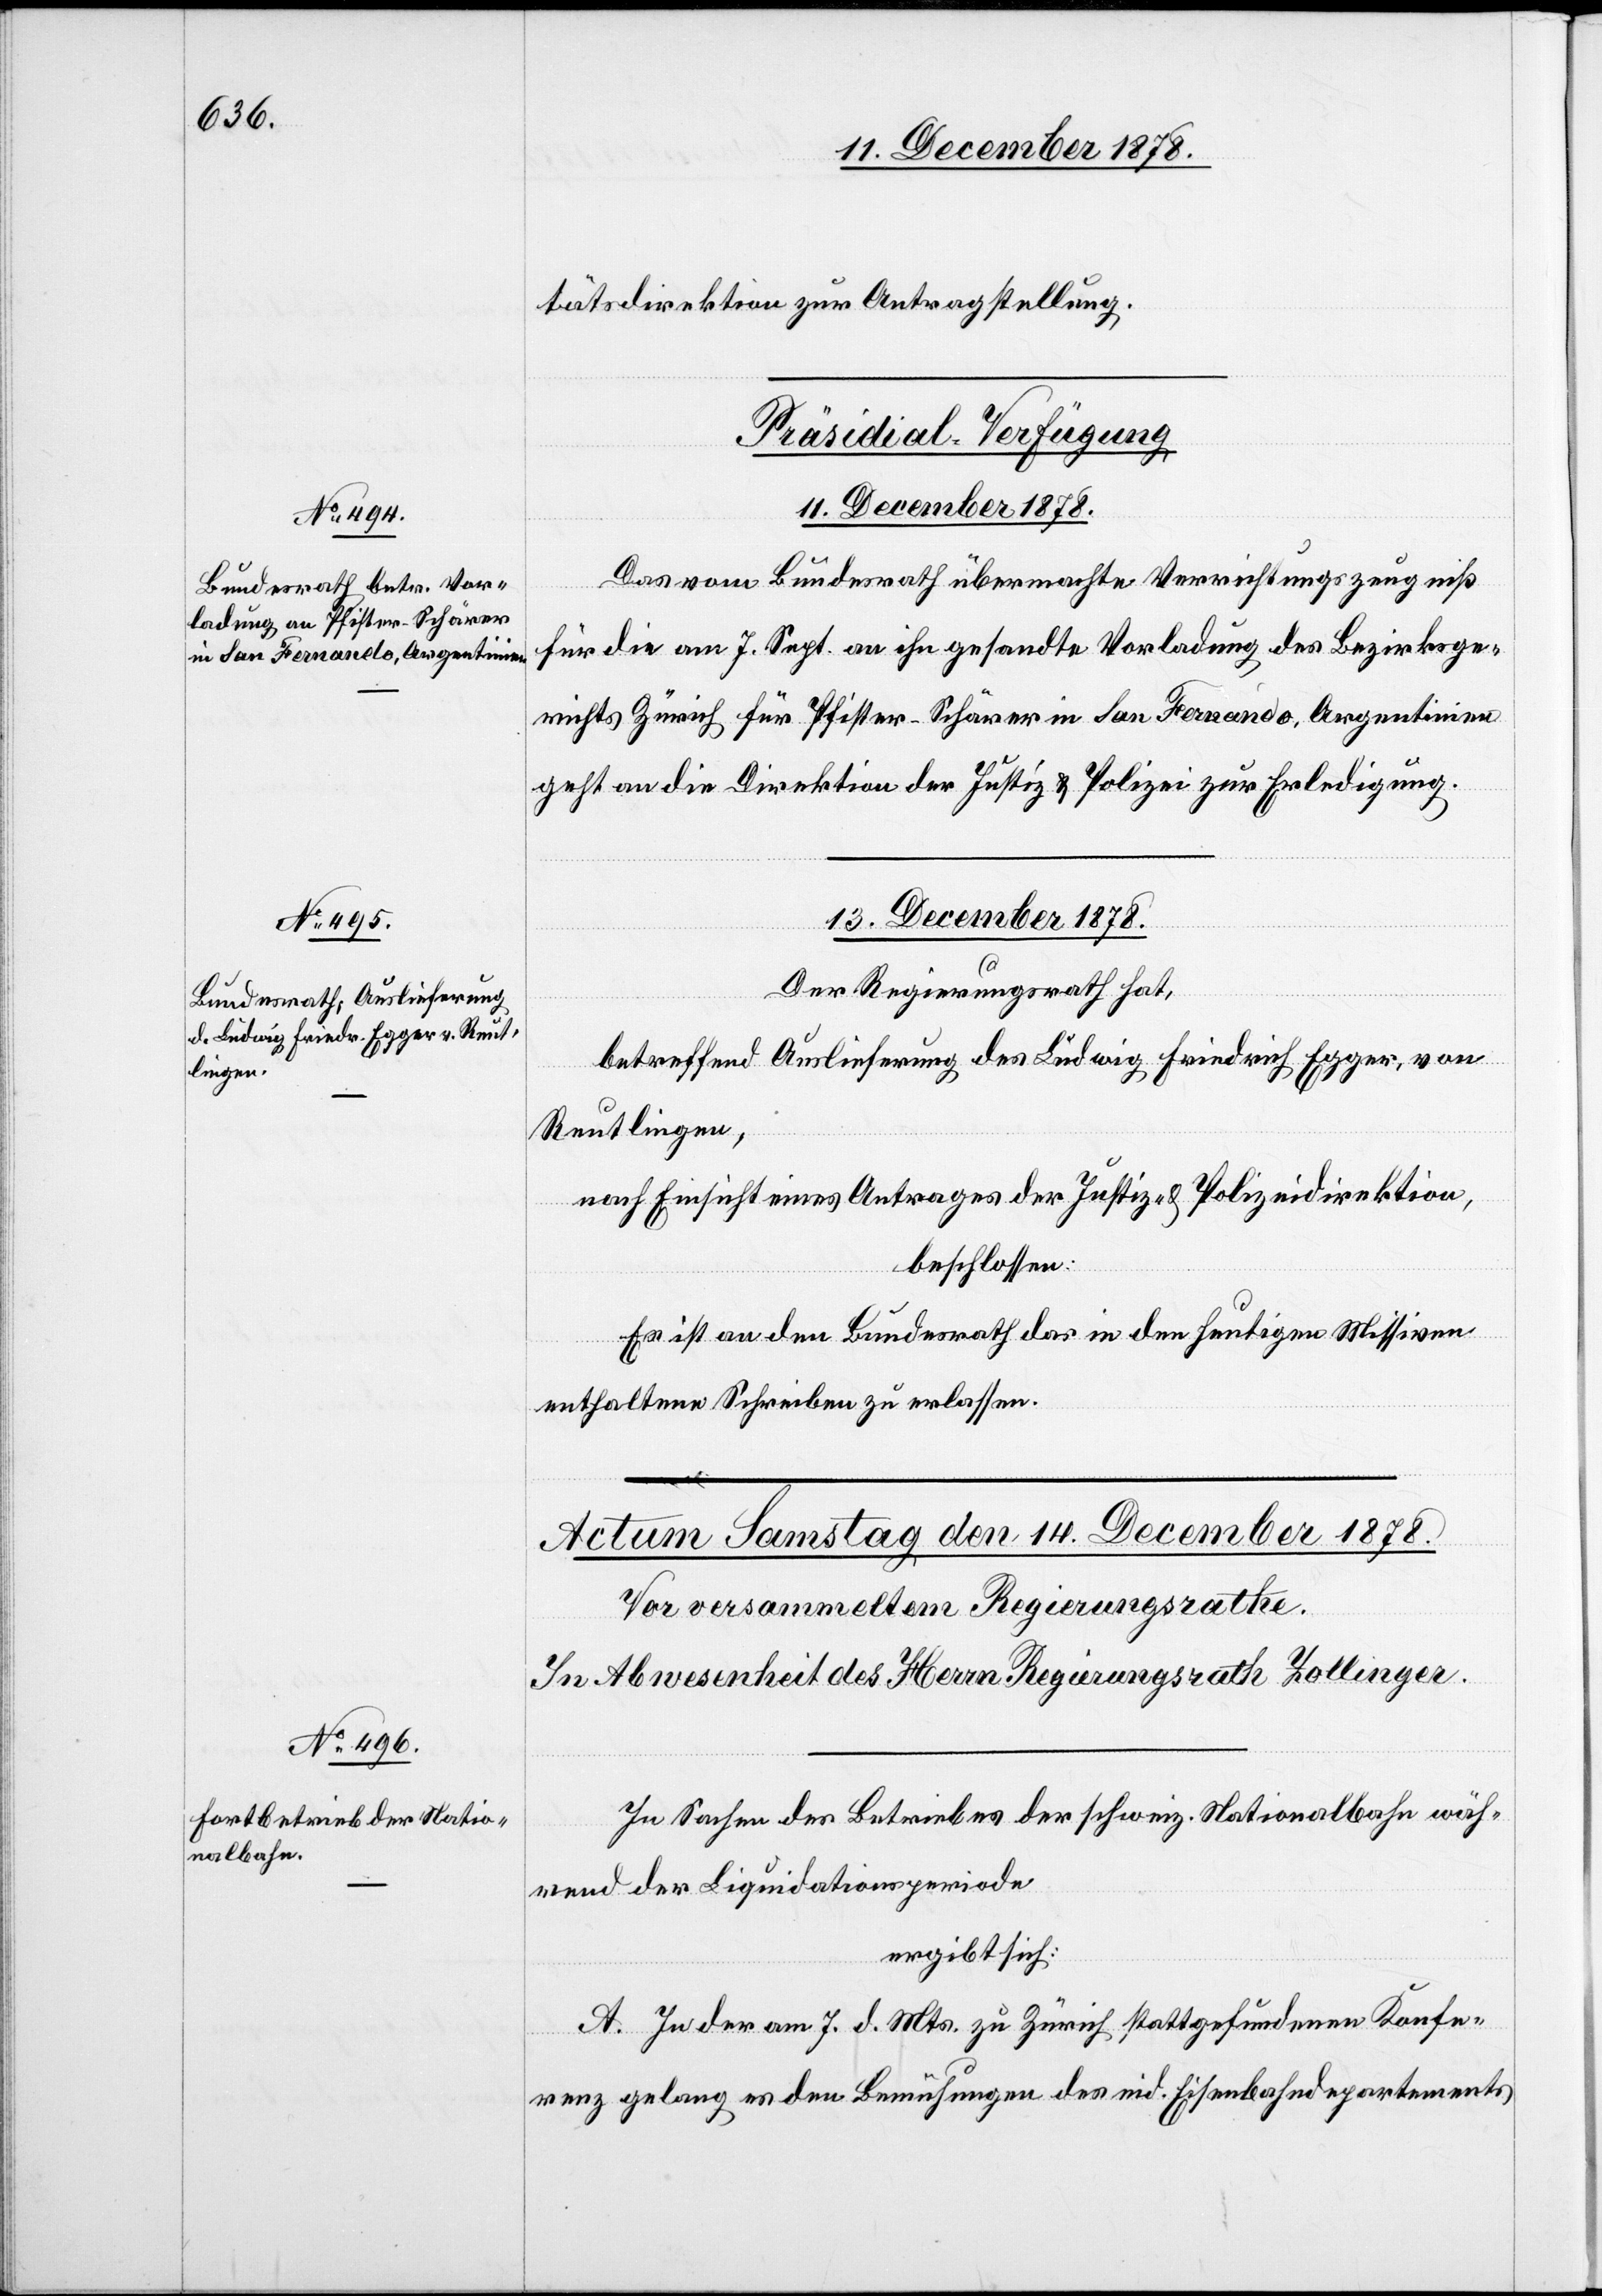
tätsdirektion zur Antragstellung.
[Präsidial-Verfügung[e¬
11. December 1878.
Das vom Bundesrath übermachte Verrichtungszeugniß
für die am 7. Sept. an ihn gesandte Vorladung des Bezirksge¬
richts Zürich für Pfister-Schärer in San Fernando, Argentinien
geht an die Direktion der Justiz & Polizei zur Erledigung.
13. December 1878.
Der Regierungsrath hat,
betreffend Auslieferung des Ludwig Friedrich Egger, von
Reutlingen,
nach Einsicht eines Antrages der Justiz- & Polizeidirektion,
beschlossen:
Es ist an den Bundesrath das in den heutigen Missiven
enthaltene Schreiben zu erlassen.
In Sachen des Betriebes der schweiz. Nationalbahn wäh¬
rend der Liquidationsperiode
ergibt sich:
A. In der am 7. d. Mts. zu Zürich stattgefundenen Konfe¬
renz gelang es den Bemühungen des eid. Eisenbahndepartements

n]]